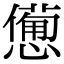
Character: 𢣍